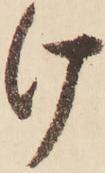
け